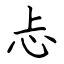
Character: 忐